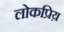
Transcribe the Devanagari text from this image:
लोकप्रिय़